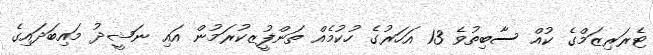
ޓެރަރިޒަމްގެ ކުއް ސާބިތުވެ 13 އަހަރުގެ ހުކުމެއް ތަންފީުޒކުރަމުން އައި ނަޝީދު މައިބަދައިގެ